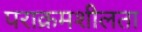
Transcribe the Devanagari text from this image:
पराक्रमशीलता